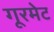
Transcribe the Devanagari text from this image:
गूरमेट